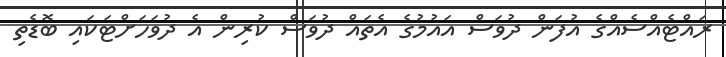
ރައްޓެއްސެއްގެ އުފަން ދުވަސް އައުމުގެ އެތައް ދުވަސް ކުރިން އެ ދުވަހަށްޓަކައި ބޮޑެތި